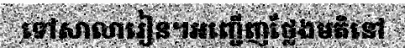
ទៅសាលារៀន។អញ្ជើញថ្លែងមតិនៅ